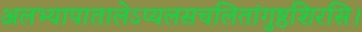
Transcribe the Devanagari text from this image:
अलभ्यापातालेऽप्यलसचलितांगुष्ठशिरसि।